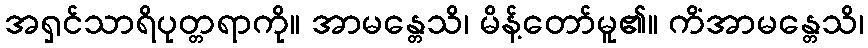
အရှင်သာရိပုတ္တရာကို။ အာမန္တေသိ၊ မိန့်တော်မူ၏။ ကိံအာမန္တေသိ၊